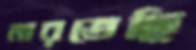
মারতেছি